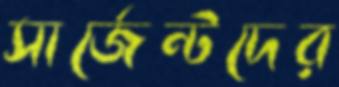
সার্জেন্টদের